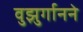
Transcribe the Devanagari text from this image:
वुझुर्गानने